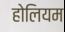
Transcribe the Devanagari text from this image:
होलियम